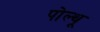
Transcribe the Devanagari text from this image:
पोल्थू